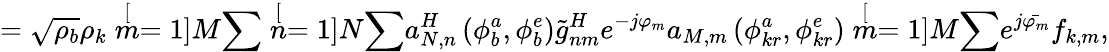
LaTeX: =\sqrt{\rho_{b}}\rho_{k}\stackrel[m=1]{M}{\sum}\stackrel[n=1]{N}{\sum}a_{N,n}^{H}\left(\phi_{b}^{a},\phi_{b}^{e}\right)\tilde{g}_{nm}^{H}e^{-j\varphi_{m}}a_{M,m}\left(\phi_{kr}^{a},\phi_{kr}^{e}\right)\stackrel[m=1]{M}{\sum}e^{j\bar{\varphi_{m}}}f_{k,m},